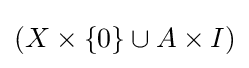
(X\times \{0\}\cup A\times I)